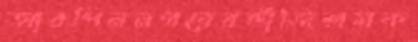
আরপিননগরেরভাঁজিশ্রমক